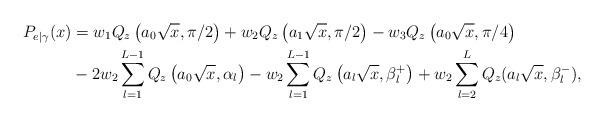
LaTeX: \begin{align*}P_{e|\gamma}(x)&=w_1 Q_z\left(a_0\sqrt{x},\pi/2\right)+w_2 Q_z\left(a_1\sqrt{x},\pi/2\right)-w_3 Q_z\left(a_0\sqrt{x},\pi/4\right)\\&-2 w_2 \sum_{l=1}^{L-1}Q_z\left(a_0\sqrt{x},\alpha_l\right)-w_2\sum_{l=1}^{L-1}Q_z\left(a_l\sqrt{x},\beta_l^+\right)+w_2\sum_{l=2}^{L}Q_z(a_l\sqrt{x},\beta_l^-),\end{align*}